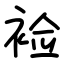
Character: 裣